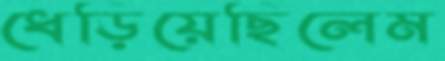
ধেড়িয়েছিলেম